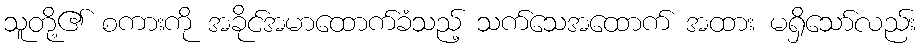
သူတို့၏ စကားကို အခိုင်အမာထောက်ခံသည့် သက်သေအထောက် အထား မရှိသော်လည်း